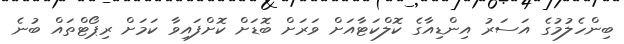
ބިންހެލުމުގެ އަސަރު އިންޑިއާގެ ކޮލްކަޓާއަށް ވަރަށް ބޮޑަށް ކޮށްފައިވާ ކަމަށް ރިޕޯޓްތައް ބުނެ